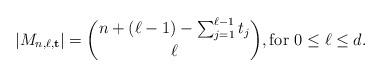
LaTeX: \begin{align*}|M_{n,\ell,{\bf t}}|=\binom{n+(\ell-1)-\sum_{j=1}^{\ell-1}t_j}{\ell}, \mbox{for $0\le\ell\le d$}.\end{align*}